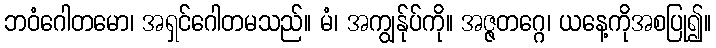
ဘဝံဂေါတမော၊ အရှင်ဂေါတမသည်။ မံ၊ အကျွန်ုပ်ကို။ အဇ္ဇတဂ္ဂေ၊ ယနေ့ကိုအစပြု၍။